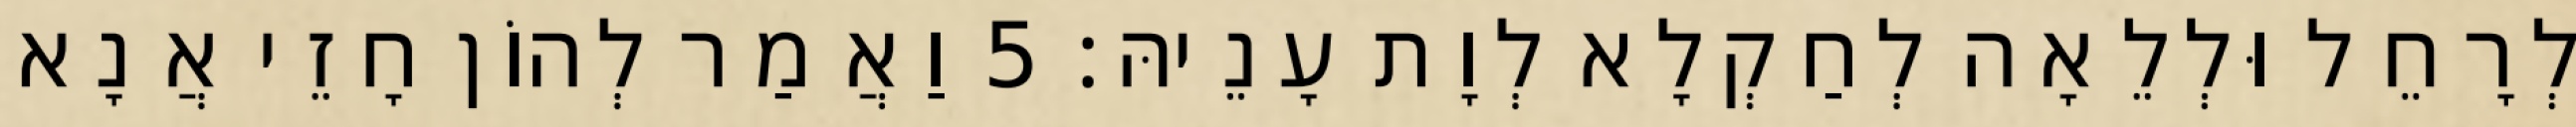
לְרָחֵל וּלְלֵאָה לְחַקְלָא לְוָת עָנֵיהּ׃ 5 וַאֲמַר לְהוֹן חָזֵי אֲנָא